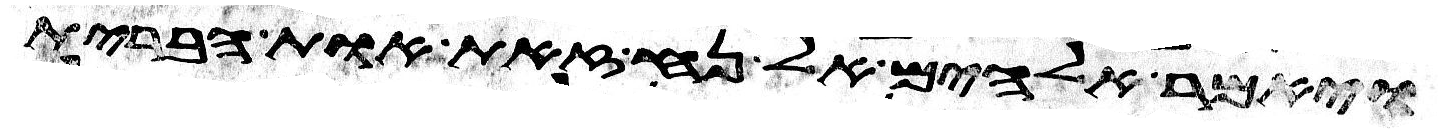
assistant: ויאמר אלהים אל נח זאת אות הברית